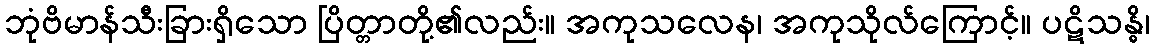
ဘုံဗိမာန်သီးခြားရှိသော ပြိတ္တာတို့၏လည်း။ အကုသလေန၊ အကုသိုလ်ကြောင့်။ ပဋိသန္ဓိ၊